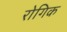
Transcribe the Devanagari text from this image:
रोगिक